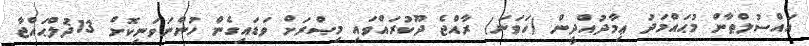
އައްސުލްޠާން މުޙައްމަދު ޢިމާދުއްދީން (ހަވަނަ) ރާއްޖެ ދޫކުރައްވައި މިޞްރަށް ވަޑައިގެން ހުންނަވަނިކޮށް 13ޛުލްޙައްޖާ